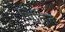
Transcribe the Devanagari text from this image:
मिलित